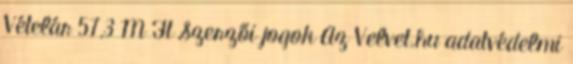
Vételár 57,3 M Ft Szerzői jogok Az Velvet.hu adatvédelmi